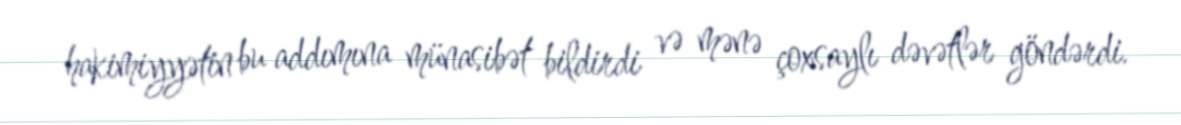
hakimiyyətin bu addımına münasibət bildirdi və mənə çoxsaylı dəvətlər göndərdi.